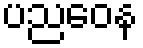
ပညဝေန